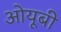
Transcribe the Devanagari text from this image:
ओयूबी